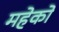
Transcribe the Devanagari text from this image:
महेको